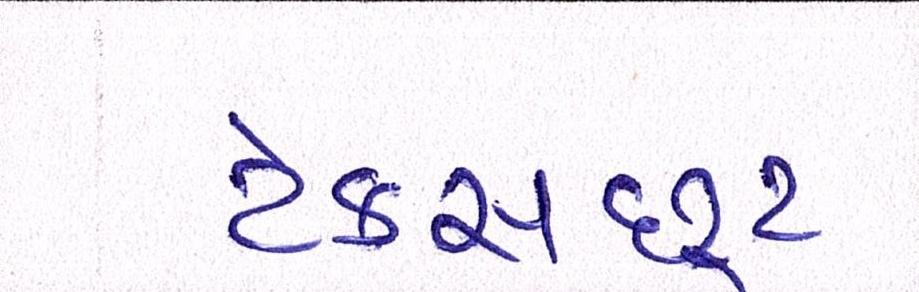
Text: ટેક્સછૂટ